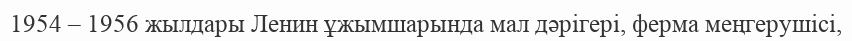
1954 – 1956 жылдары Ленин ұжымшарында мал дәрігері, ферма меңгерушісі,